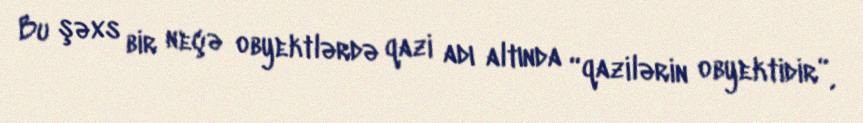
Bu şəxs bir neçə obyektlərdə qazi adı altında “qazilərin obyektidir”,